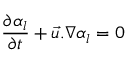
\frac { \partial \alpha _ { l } } { \partial { t } } + \vec { u } . \nabla \alpha _ { l } = 0